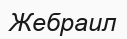
Жебраил